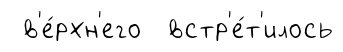
в'е́рхн'его встр'е́т'илось